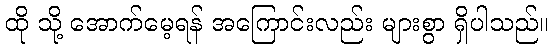
ထို သို့ အောက်မေ့ရန် အကြောင်းလည်း များစွာ ရှိပါသည်။